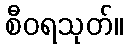
စီဝရသုတ်။